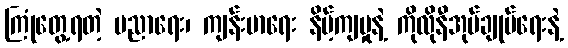
ကြုံတွေ့ရတဲ့ ပညာရေး၊ ကျန်းမာရေး နိမ့်ကျမှုနဲ့ ကိုလိုနီအုပ်ချုပ်ရေးနဲ့